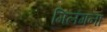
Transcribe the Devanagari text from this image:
मिलंगना